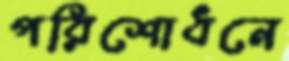
পরিশোধনে